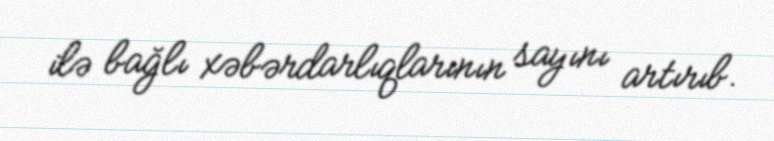
ilə bağlı xəbərdarlıqlarının sayını artırıb.